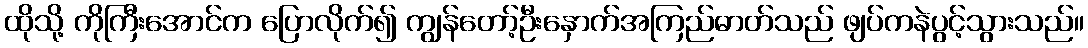
ထိုသို့ ကိုကြီးအောင်က ပြောလိုက်၍ ကျွန်တော့်ဦးနှောက်အကြည်ဓာတ်သည် ဖျပ်ကနဲပွင့်သွားသည်။